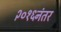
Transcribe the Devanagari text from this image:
२०१६नंतर